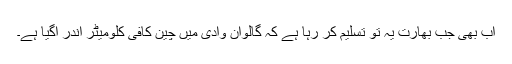
اب بھی جب بھارت یہ تو تسلیم کر رہا ہے کہ گالوان وادی میں چین کافی کلومیٹر اندر آگیا ہے۔